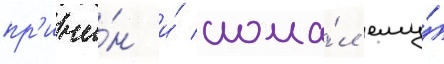
пр'ичи́н и́ слома́л ему́